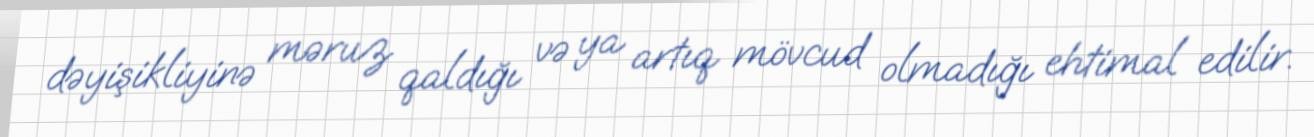
dəyişikliyinə məruz qaldığı və ya artıq mövcud olmadığı ehtimal edilir.